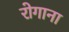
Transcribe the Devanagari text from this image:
रोगाना